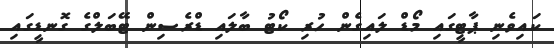
ކައިވެނި ޕާޓީގައި މޯޑް ލައިގެން ހުރި ކޯޓު ބާލައި ޑްރެސިން ޓޭބަލްގެ ގޮނޑީގައި